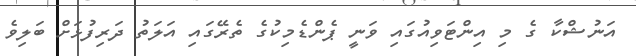
އަނުޝްކާ ގެ މި އިންޓަވިއުގައި ވަނީ ޕެންޑެމިކުގެ ތެރޭގައި އަލަތު ދަރިފުޅަށް ބަލިވެ